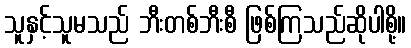
သူနှင့်သူမသည် ဘီးတစ်ဘီးစီ ဖြစ်ကြသည်ဆိုပါစို့။